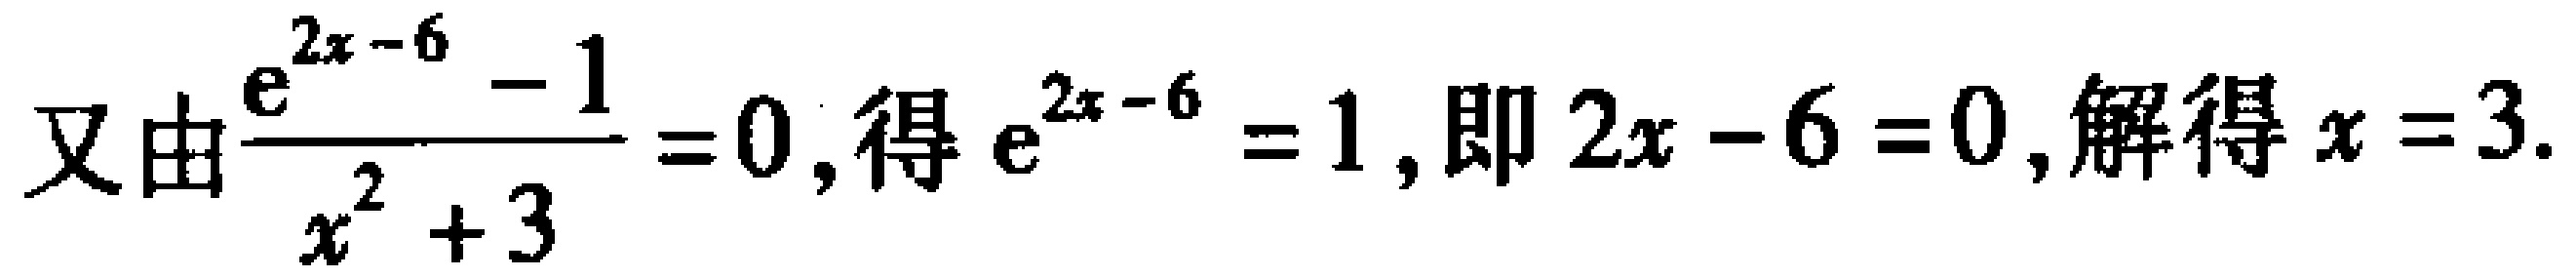
又由$\frac{e^{2x - 6} - 1}{x^{2} + 3} = 0$, 得$e^{2x - 6} = 1$, 即$2x - 6 = 0$, 解得$x = 3$.